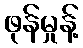
ဖုန်မှုန့်